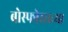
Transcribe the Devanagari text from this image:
बोस्फोरसच्या